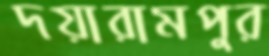
দয়ারামপুর